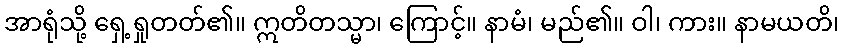
အာရုံသို့ ရှေ့ရှုတတ်၏။ ဣတိတသ္မာ၊ ကြောင့်။ နာမံ၊ မည်၏။ ဝါ၊ ကား။ နာမယတိ၊